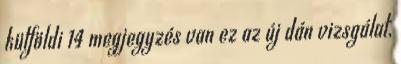
külföldi 14 megjegyzés van ez az új dán vizsgálat,